65_HS1-834228961_62-HQ-83894_Section_6
Agency: FBI
Page 134
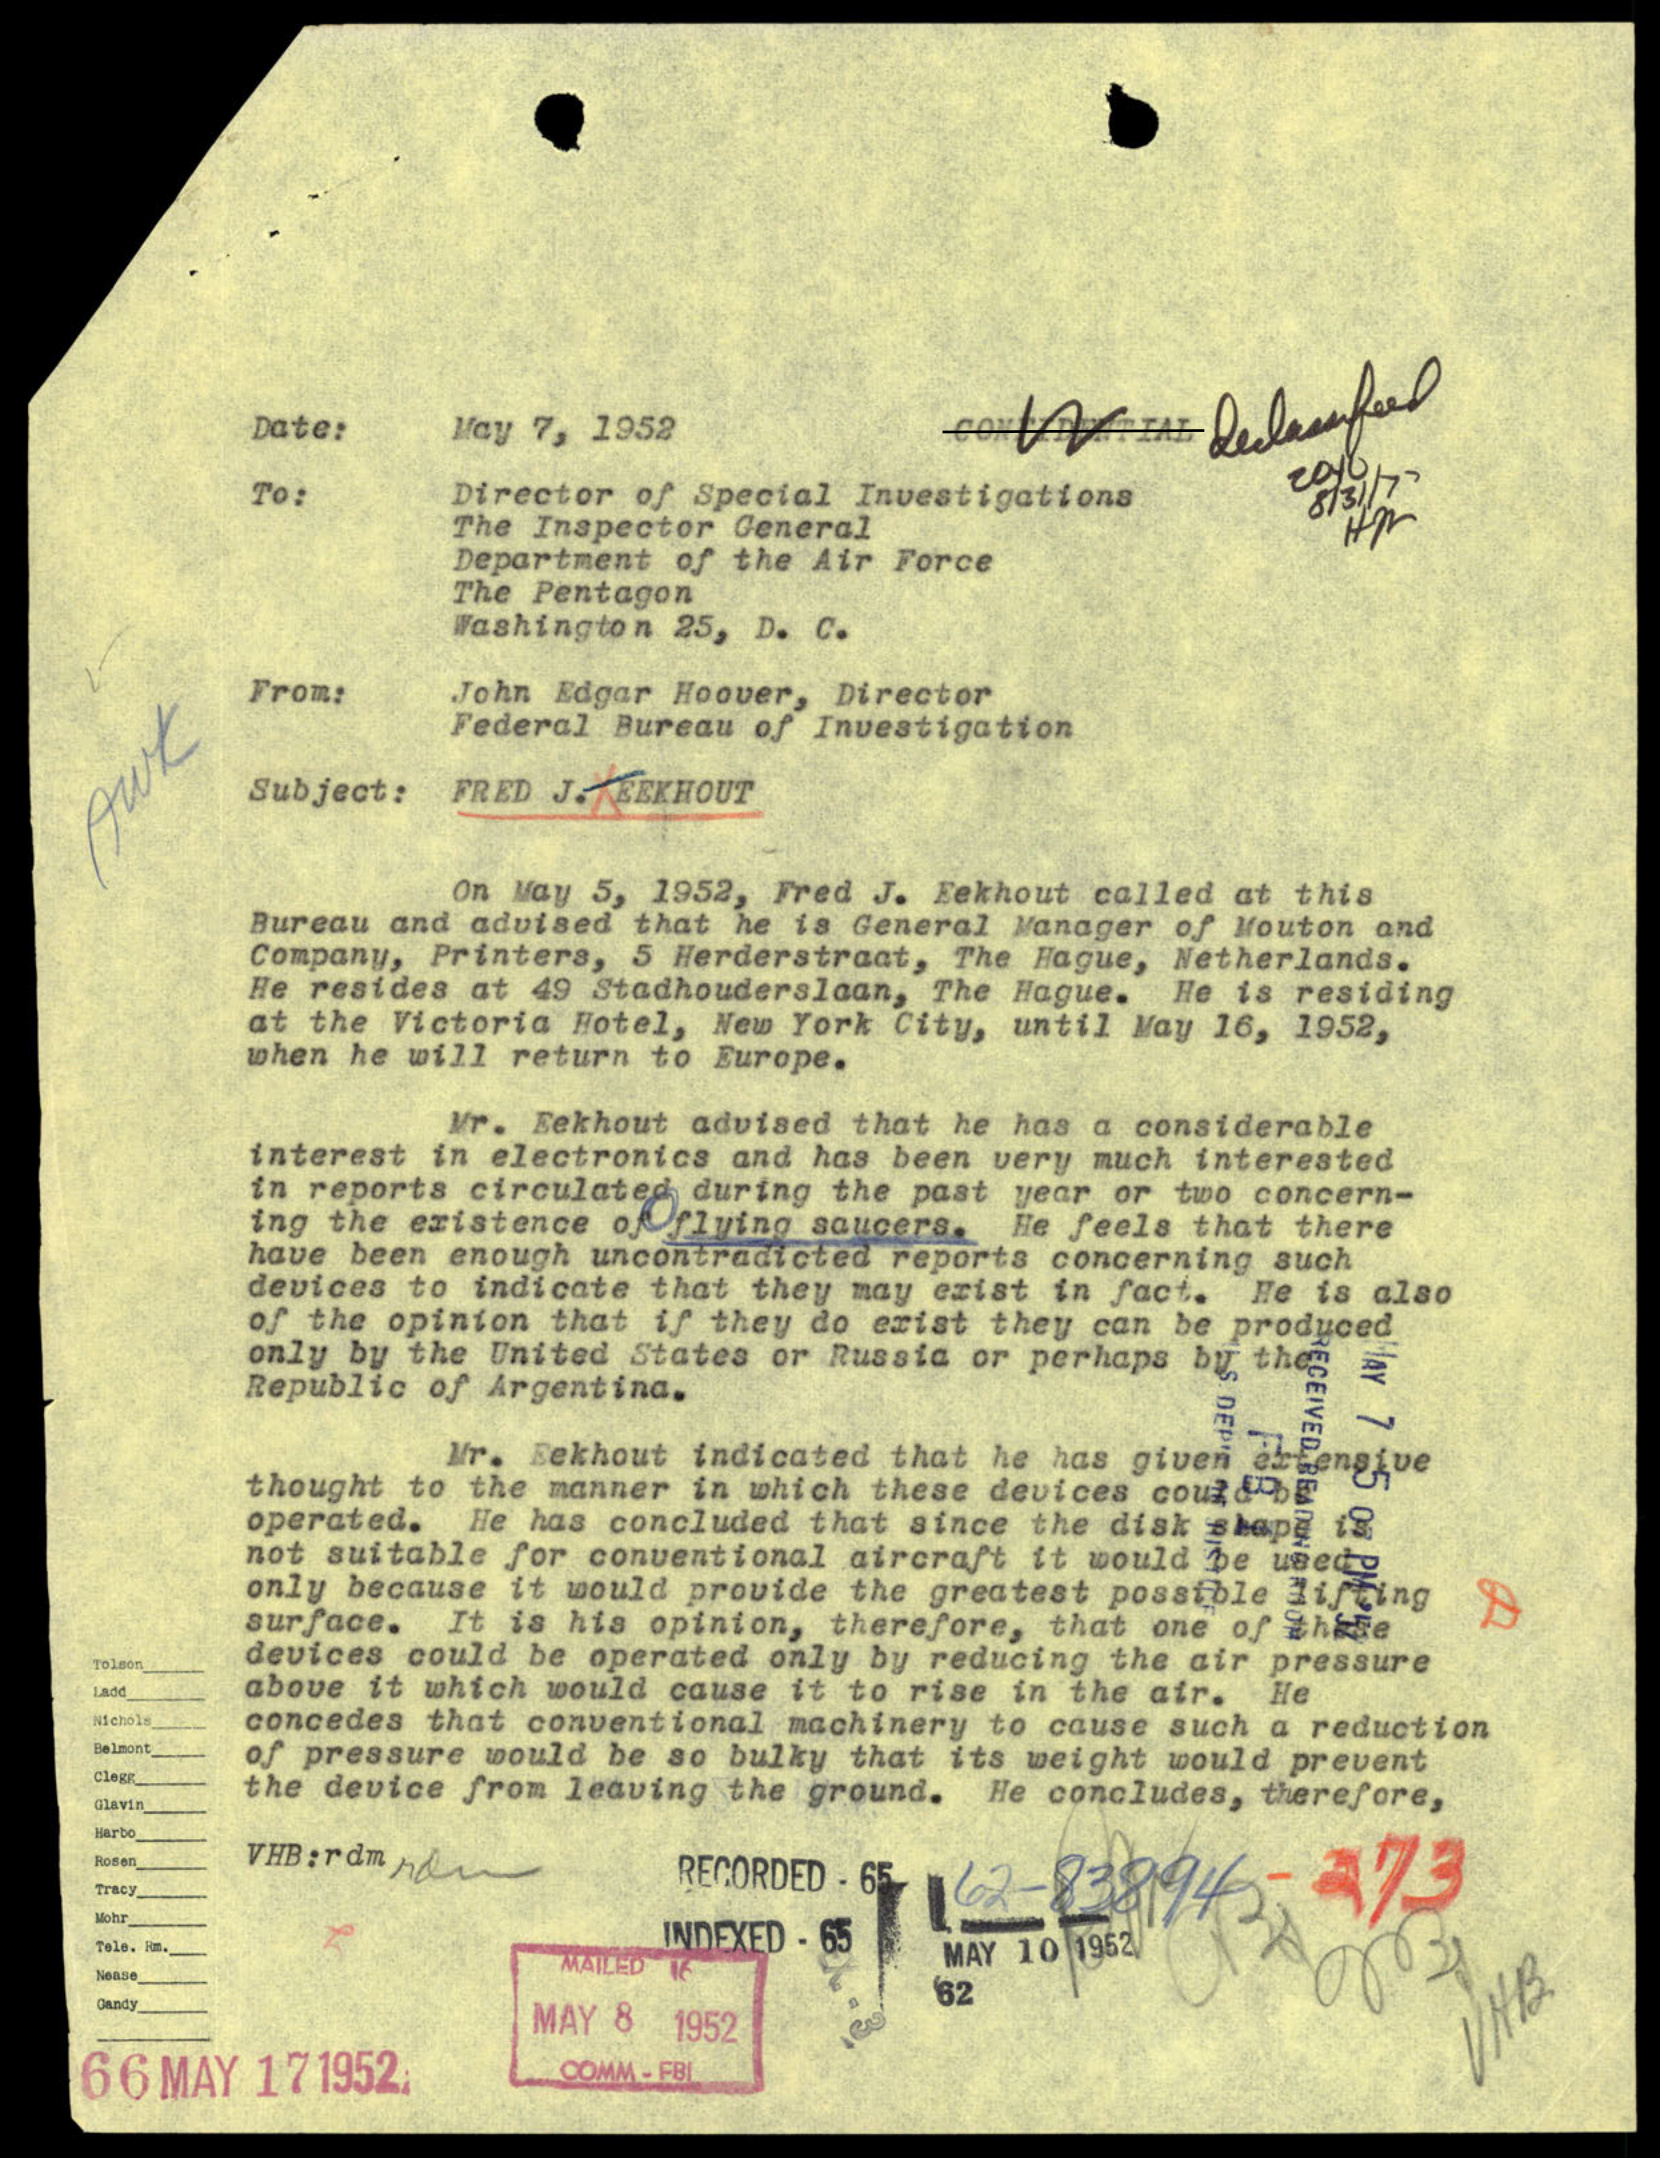